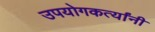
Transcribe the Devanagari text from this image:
उपयोगकर्त्यांनी